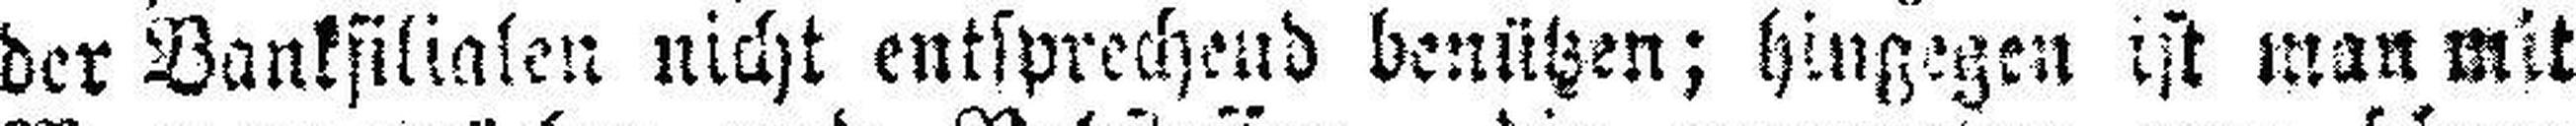
der Bankfilialen nicht entsprechend benützen; hingegen ist man mit